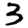
Digit: 3